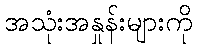
အသုံးအနှုန်းများကို